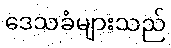
ဒေသခံများသည်